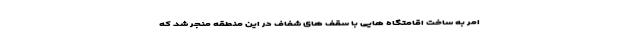
امر به ساخت اقامتگاه هایی با سقف های شفاف در این منطقه منجر شد که